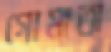
গোমাতা